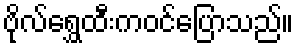
ဗိုလ်ရွှေထီးကဝင်ပြောသည်။